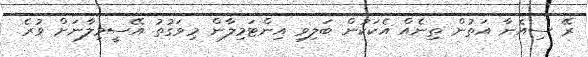
ރޭ ސިއެނާ އަތުން ތިނެއް އެކަކުން ބަލިވި އިންޓަމިލާން މިވަގުތު އޭސީމިލާނަށް ވުރެ